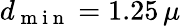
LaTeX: d_{\mathrm{~m~i~n~}}=1.25\, \mu